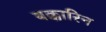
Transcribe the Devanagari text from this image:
बक्कारिन